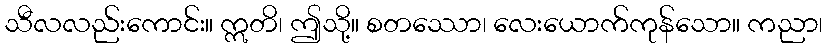
သီလလည်းကောင်း။ ဣတိ၊ ဤသို့။ စတဿော၊ လေးယောက်ကုန်သော။ ကညာ၊